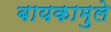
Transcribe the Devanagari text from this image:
बायकामुले